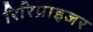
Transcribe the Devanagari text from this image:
रिरिप्राइजर